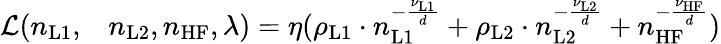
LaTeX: \begin{array}{rl}{\mathcal{L}(n_{\mathrm{L1}},}&{{}n_{\mathrm{L2}},n_{\mathrm{HF}},\lambda)=\eta(\rho_{\mathrm{L1}}\cdot n_{\mathrm{L1}}^{-\frac{\nu_{\mathrm{L1}}}{d}}+\rho_{\mathrm{L2}}\cdot n_{\mathrm{L2}}^{-\frac{\nu_{\mathrm{L2}}}{d}}+n_{\mathrm{HF}}^{-\frac{\nu_{\mathrm{HF}}}{d}})}\end{array}